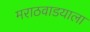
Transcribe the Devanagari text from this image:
मराठवाडयाला